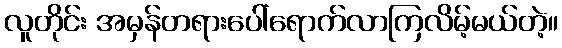
လူတိုင်း အမှန်တရားပေါ်ရောက်လာကြလိမ့်မယ်တဲ့။